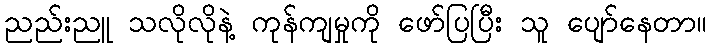
ညည်းညူ သလိုလိုနဲ့ ကုန်ကျမှုကို ဖော်ပြပြီး သူ ပျော်နေတာ။